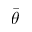
\bar { \theta }